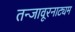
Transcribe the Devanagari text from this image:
तन्‍जावूरनाट्यम